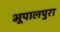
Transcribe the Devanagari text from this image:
भूपालपुरा